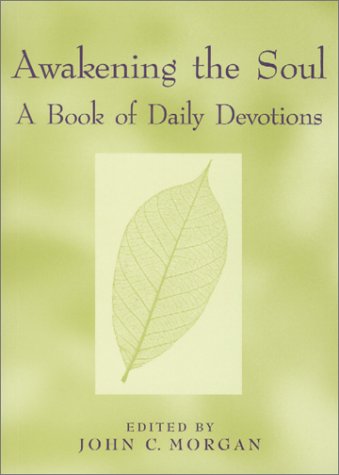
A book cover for Awakening the Soul: A Book of Daily Devotions; John C. Morgan; Religion & Spirituality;